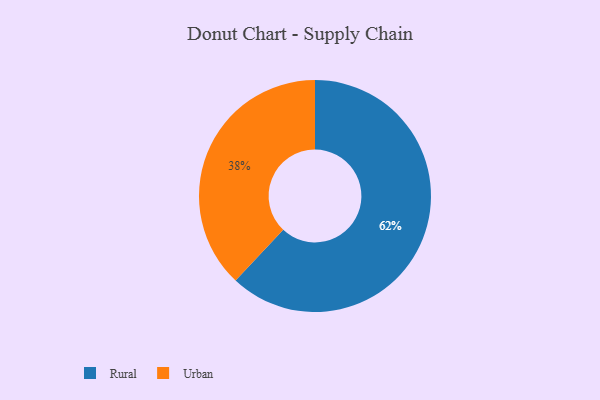
{"axis": {"x": "Category", "y": "Percentage"}, "legend": ["Rural", "Urban"], "data": [{"x": "Urban", "y": 38, "type": "Urban"}, {"x": "Rural", "y": 62, "type": "Rural"}]}